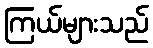
ကြယ်များသည်